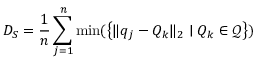
{ D _ { S } } = \frac { 1 } { n } \sum _ { j = 1 } ^ { n } \operatorname* { m i n } ( \left\{ \| q _ { j } - Q _ { k } \| _ { 2 } \mid Q _ { k } \in \mathcal { Q } \right\} )